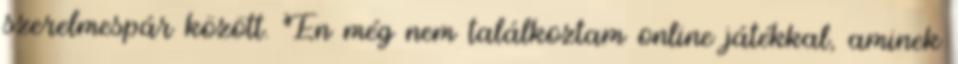
szerelmespár között. Én még nem találkoztam online játékkal, aminek